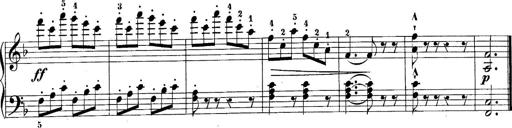
Title: 10 Sonatines progressives
Composer: Anton Schmoll